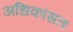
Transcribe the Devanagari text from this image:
अधिकांसतः